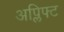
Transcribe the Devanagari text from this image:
अप्लिफ्ट